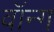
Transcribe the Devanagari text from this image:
वॉन्ग